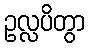
ဥလ္လပိတွာ